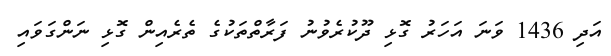
އަދި 1436 ވަނަ އަހަރު ގޮޅި ދޫކުރެވުނު ފަރާތްތަކުގެ ތެރެއިން ގޮޅި ނަންގަވައި